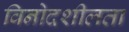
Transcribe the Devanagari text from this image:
विनोदशीलता